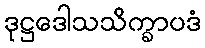
ဒုဋ္ဌဒေါသသိက္ခာပဒံ